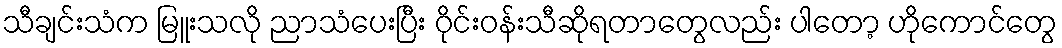
သီချင်းသံက မြူးသလို ညာသံပေးပြီး ဝိုင်းဝန်းသီဆိုရတာတွေလည်း ပါတော့ ဟိုကောင်တွေ